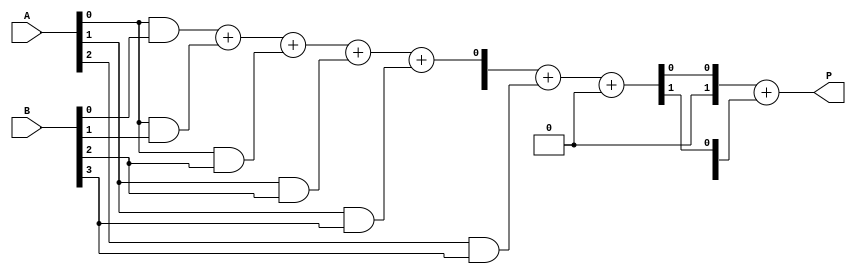
module wallace_tree_multiplier #(parameter n = 4) (
    input [n-1:0] A,
    input [n-1:0] B,
    output reg [2*n-1:0] P
);

    // Generate partial products
    wire [n-1:0] PP [n-1:0]; // Partial product array
    genvar i, j;
    generate
        for (i = 0; i < n; i = i + 1) begin: partial_product
            for (j = 0; j < n; j = j + 1) begin: and_gate
                assign PP[i][j] = A[j] & B[i]; // ANDing each bit of A with each bit of B
            end
        end
    endgenerate

    // Carry-Save Adders (CSA) for Wallace tree
    wire [n-1:0] sum [n-1:0]; 
    wire [n-1:0] carry [n-1:0];

    generate
        for (i = 0; i < n-1; i = i + 1) begin: CSA_tree
            if (i == 0) begin
                assign {carry[i][0], sum[i][0]} = PP[0][i] + PP[1][i] + PP[2][i]; // First level 
            end else begin
                wire [n-1:0] inputs [2:0];
                assign inputs[0] = sum[i-1];
                assign inputs[1] = PP[i+1][i];
                assign inputs[2] = (i+2 < n) ? PP[i+2][i] : 0;

                assign {carry[i][0], sum[i][0]} = inputs[0] + inputs[1] + inputs[2]; // Subsequent levels
            end 
        end
    endgenerate

    // Final Addition
    wire [2*n-1:0] sum_final;
    wire [2*n-1:0] carry_final;

    assign sum_final[0] = sum[n-2][0];
    assign carry_final[0] = carry[n-2][0];

    for (i = 1; i < n; i = i + 1) begin
        assign sum_final[i] = sum[n-2][i];
        assign carry_final[i] = carry[n-2][i];
    end

    always @(*) begin
        P = sum_final + carry_final; // Adding final sum and carry to get the product
    end

endmodule